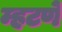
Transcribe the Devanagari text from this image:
म्हटणे